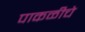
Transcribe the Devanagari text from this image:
पाकळीचे